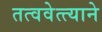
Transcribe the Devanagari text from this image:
तत्ववेत्त्याने